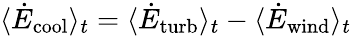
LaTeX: \langle\dot{E}_{\mathrm{cool}}\rangle_{t}=\langle\dot{E}_{\mathrm{turb}}\rangle_{t}-\langle\dot{E}_{\mathrm{wind}}\rangle_{t}